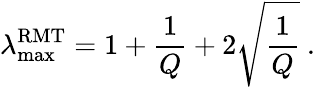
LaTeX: \lambda_{\operatorname*{max}}^{\mathrm{RMT}}=1+\frac{1}{Q}+2\sqrt{\frac{1}{Q}}~.